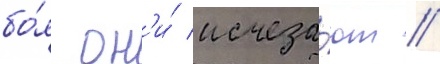
бо́я он'и́ исчеза́ют //